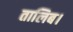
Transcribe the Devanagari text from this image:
तालिब।